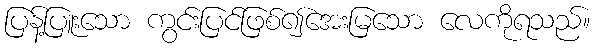
ပြန့်ပြူးသော ကွင်းပြင်ဖြစ်၍အေးမြသော လေကိုရသည်။